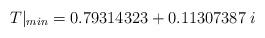
LaTeX: \begin{align*}T|_{min}=0.79314323+ 0.11307387\;i\end{align*}